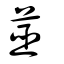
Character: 莁